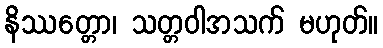
နိဿတ္တော၊ သတ္တဝါအသက် မဟုတ်။